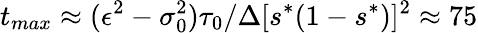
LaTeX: t_{max}\approx(\epsilon^{2}-\sigma_{0}^{2})\tau_{0}/\Delta[s^{*}(1-s^{*})]^{2}\approx 75